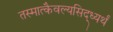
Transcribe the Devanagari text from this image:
तस्मात्कैवल्यसिद्ध्यर्थं